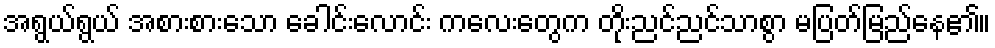
အရွယ်ရွယ် အစားစားသော ခေါင်းလောင်း ကလေးတွေက တိုးညင်ညင်သာစွာ မပြတ်မြည်နေ၏။